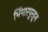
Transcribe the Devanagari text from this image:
भिंगारपुरहून